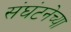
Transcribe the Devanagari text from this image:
संघंटनेच्या